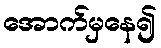
အောက်မှနေ၍